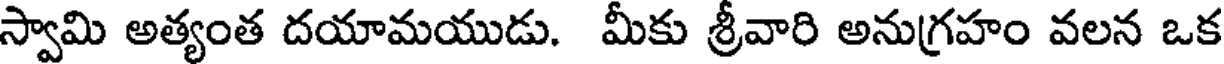
స్వామి అత్యంత దయామయుడు. మీకు శ్రీవారి అనుగ్రహం వలన ఒక